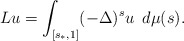
\begin{align*}L u =\int_{[s_*,1]} (-\Delta)^{s} u \,\,\, d\mu(s).\end{align*}